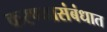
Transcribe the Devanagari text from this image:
करण्यासंबंधात